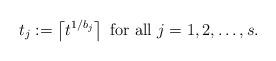
LaTeX: \begin{align*}t_j:=\left\lceil t^{1/b_j}\right\rceil\ \mbox{for all } j=1,2,\ldots,s.\end{align*}